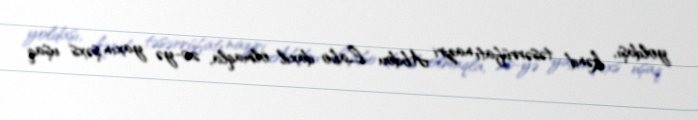
yoldaşı, kənd təsərrüfatı naziri Abdou Labo daxil olmaqla, 20-yə yaxın şəxs uşaq